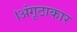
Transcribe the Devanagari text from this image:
।अंगूठाकार